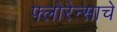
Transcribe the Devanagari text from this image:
फ्लोरेन्साचे